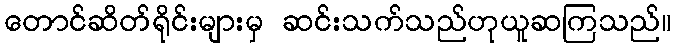
တောင်ဆိတ်ရိုင်းများမှ ဆင်းသက်သည်ဟုယူဆကြသည်။